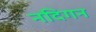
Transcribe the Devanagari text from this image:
नदिगन